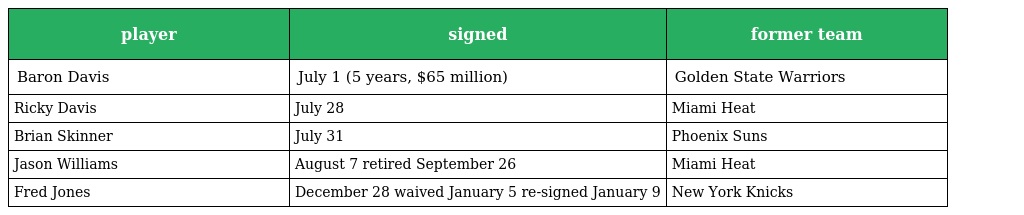
| player | signed | former team |
 | --- | --- | --- |
 | Baron Davis | July 1 (5 years, $65 million) | Golden State Warriors |
 | Ricky Davis | July 28 | Miami Heat |
 | Brian Skinner | July 31 | Phoenix Suns |
 | Jason Williams | August 7 retired September 26 | Miami Heat |
 | Fred Jones | December 28 waived January 5 re-signed January 9 | New York Knicks |